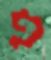
פ